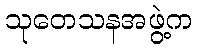
သုတေသနအဖွဲ့က